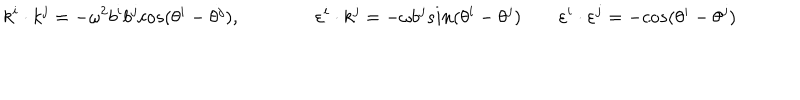
k ^ { i } \cdot k ^ { j } = - \omega ^ { 2 } b ^ { i } b ^ { j } c o s ( \theta ^ { i } - \theta ^ { j } ) , \qquad \qquad \varepsilon ^ { i } \cdot k ^ { j } = - \omega b ^ { j } s i n ( \theta ^ { i } - \theta ^ { j } ) \qquad \varepsilon ^ { i } \cdot \varepsilon ^ { j } = - c o s ( \theta ^ { i } - \theta ^ { j } )